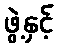
ဖွဲ့နှင့်